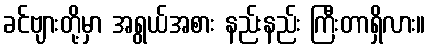
ခင်ဗျားတို့မှာ အရွယ်အစား နည်းနည်း ကြီးတာရှိလား။